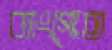
ব্যাংগোত